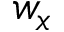
w _ { x }